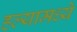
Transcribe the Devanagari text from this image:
हल्यामध्ये